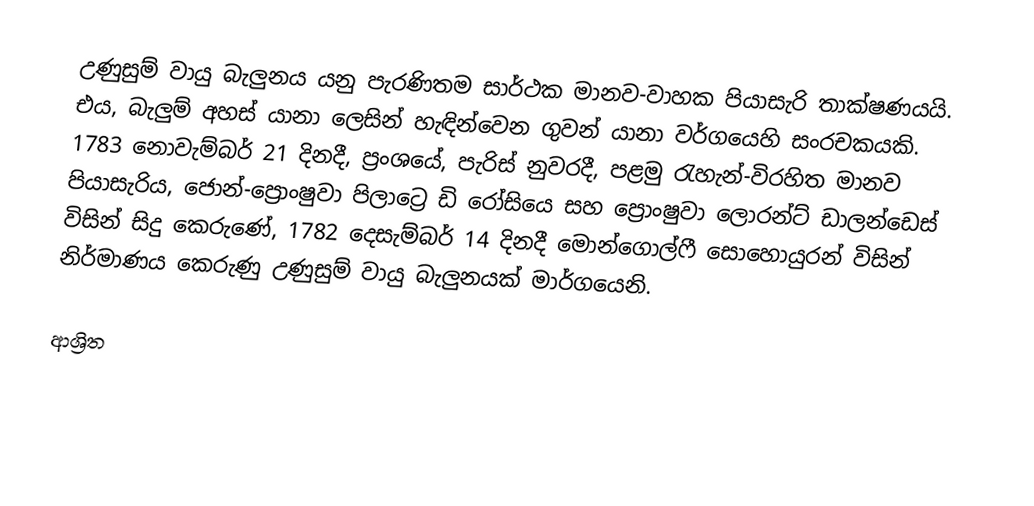
උණුසුම් වායු බැලුනය යනු පැරණිතම සාර්ථක මානව-වාහක පියාසැරි තාක්ෂණයයි. එය, බැලුම් අහස් යානා ලෙසින් හැඳින්වෙන ගුවන් යානා වර්ගයෙහි සංරචකයකි. 1783 නොවැම්බර් 21 දිනදී,  ප්‍රංශයේ, පැරිස් නුවරදී, පළමු රැහැන්-විරහිත මානව පියාසැරිය, ජොන්-ප්‍රොංෂුවා පිලාට්‍රෙ ඩි රෝසියෙ සහ ප්‍රොංෂුවා ලොරන්ට් ඩාලන්ඩෙස් විසින් සිදු කෙරුණේ, 1782 දෙසැම්බර් 14 දිනදී මොන්ගොල්ෆී සොහොයුරන් විසින් නිර්මාණය කෙරුණු උණුසුම් වායු බැලුනයක් මාර්ගයෙනි.

ආශ්‍රිත